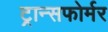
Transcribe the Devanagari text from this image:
ट्रान्सफोर्मर